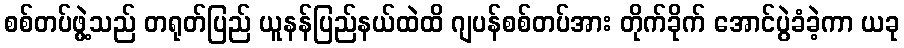
စစ်တပ်ဖွဲ့သည် တရုတ်ပြည် ယူနန်ပြည်နယ်ထဲထိ ဂျပန်စစ်တပ်အား တိုက်ခိုက် အောင်ပွဲခံခဲ့ကာ ယခု